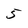
Character: 5